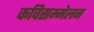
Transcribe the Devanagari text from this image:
कविसम्मेलन